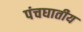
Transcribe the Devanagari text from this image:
पंचघातीय